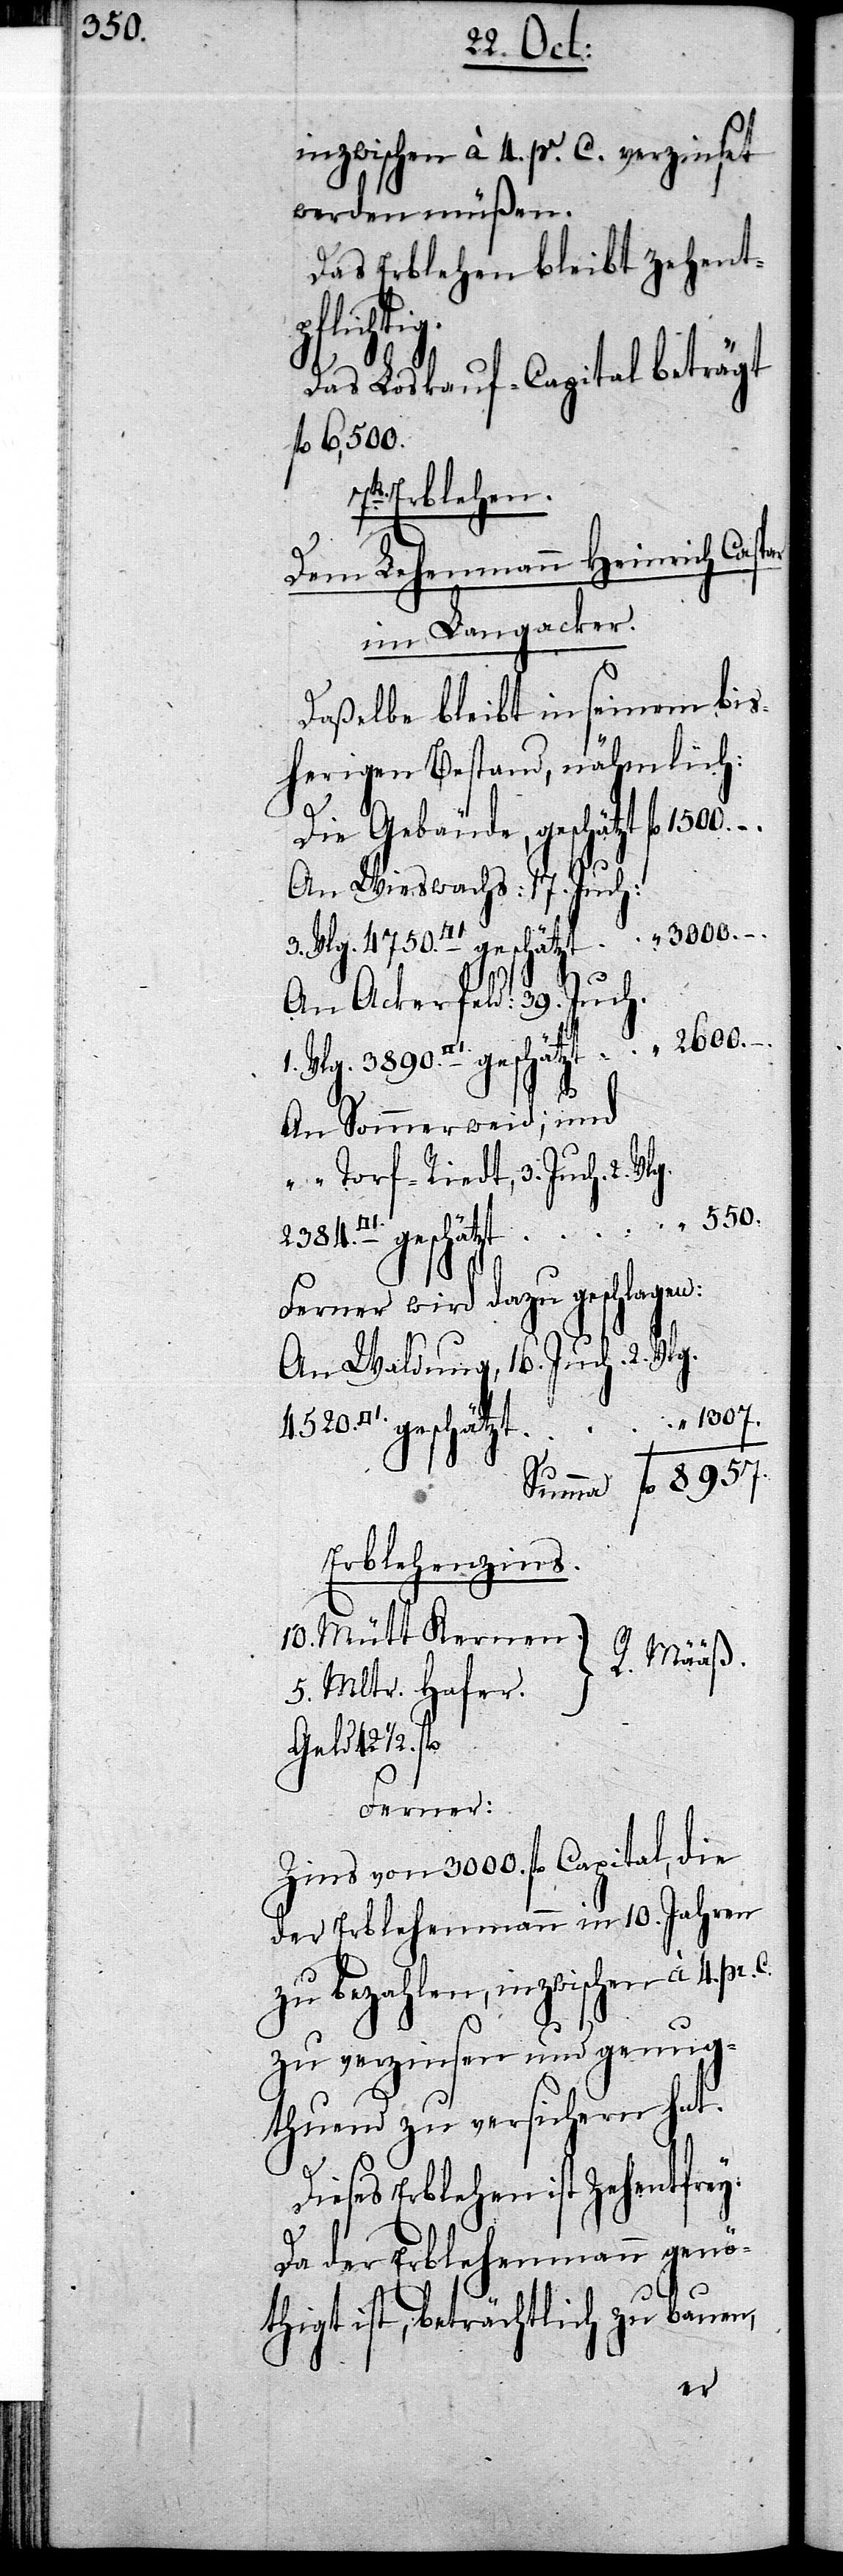
1307.

inzwischen à 4. pr. C. verzinset
werden müßen.
Das Erblehen bleibt zehent¬
Geld 42.
Das Loskauf-Capital beträgt
fl 1500.
7.ts Erblehen.
Dem Lehenmann Heinrich Caspar
im Langacker.
Daßelbe bleibt in seinem bis¬
herigen Bestand, nähmlich:
Die Gebäude, geschätzt
An Wieswachs: 17. Juch:
An Ackerfeld: 39. Juch.
–.
An Sommerweid; und
“ Torf-Riedt, 3. Juch. 2.
Ferner wird dazu geschlagen:
An Waldung, 16. Juch. 2. Vlg.
Erblehenzins.
10. Mütt Kernen.
R. Määß.
5. Mltr. Hafer.
Ferner:
Zins von 3000. fl Capital, die
der Erblehenmann in 10. Jahren
zu bezahlen, inzwischen à 4. pr.
zu verzinsen und genug¬
thuend zu versichern hat.
Dieses Erblehen ist Zehentfrey.
Da der Erblehenmann genö¬
thigt ist, beträchtlich zu bauen,